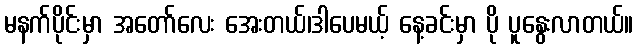
မနက်ပိုင်းမှာ အတော်လေး အေးတယ်၊ဒါပေမယ့် နေ့ခင်းမှာ ပို ပူနွေးလာတယ်။